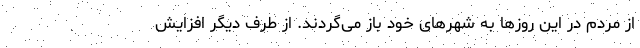
از مردم در این روزها به شهرهای خود باز می‌گردند. از طرف دیگر افزایش